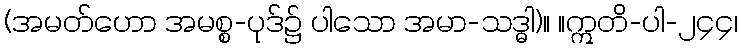
(အမတ်ဟော အမစ္စ-ပုဒ်၌ ပါသော အမာ-သဒ္ဓါ)။ ။ဣတိ-ပါ-၂၄၄၊